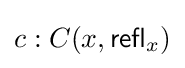
c:C(x,{\mathsf {refl}}_{x})